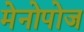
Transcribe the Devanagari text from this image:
मेनोपोज